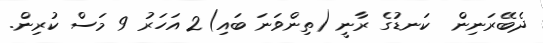
ދެބޭރަނިން  ކަނޑުގެ ރާނީ (ތިންވަނަ ބައި)2 އަހަރު 9 މަސް ކުރިން.